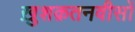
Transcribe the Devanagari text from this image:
ख़ुशक़तनवीसों